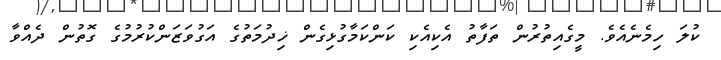
ކުލަ ހިމެނެއެވެ. މީގެއިތުރުން ތަފާތު އެކިއެކި ކަންކަމާގުޅިގެން ޚިދުމަތުގެ އަގުވަޒަންކުރުމުގެ ގޮތުން ދެއްވާ